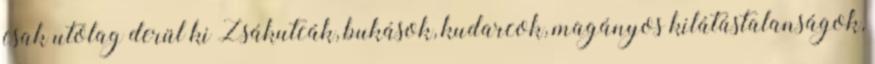
csak utólag derül ki Zsákutcák, bukások, kudarcok, magányos kilátástalanságok,